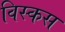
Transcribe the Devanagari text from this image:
विस्कस